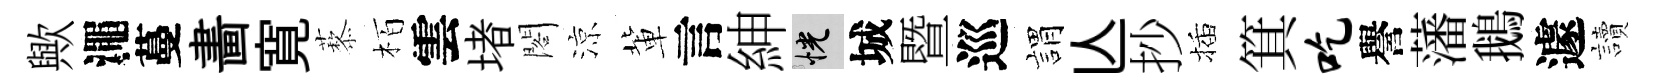
歟澠蔓畵寛藜栢雲堵閣涼軰言紳恍城暨巡娟亾抄插箕吃譽藩鵝遽讀